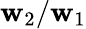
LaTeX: {\mathbf{w}_{2}/\mathbf{w}_{1}}